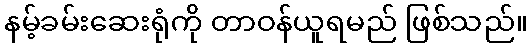
နမ့်ခမ်းဆေးရုံကို တာဝန်ယူရမည် ဖြစ်သည်။